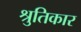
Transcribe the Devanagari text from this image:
श्रुतिकार